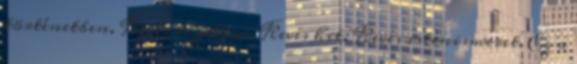
történetben. Kevés bizalom. Kevés hit. Kevés istenismeret. Ez a